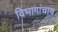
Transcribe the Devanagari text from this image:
विभागांचाच